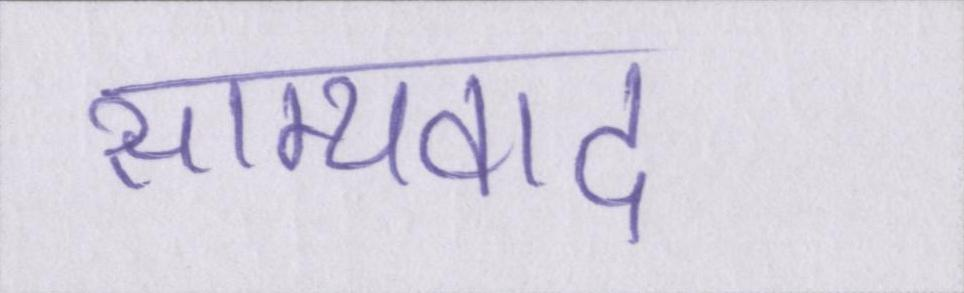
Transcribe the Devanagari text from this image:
साम्यवाद